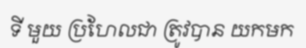
ទី មួយ ប្រហែលជា ត្រូវបាន យកមក